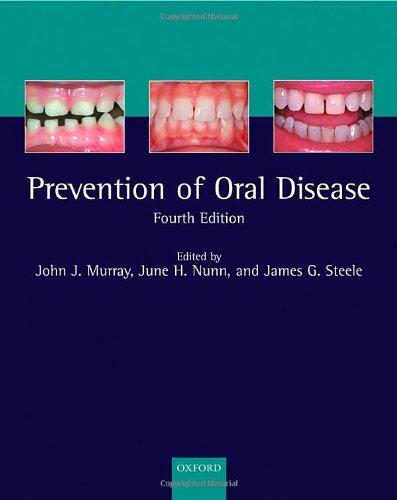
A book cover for Prevention of Oral Disease; Medical Books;